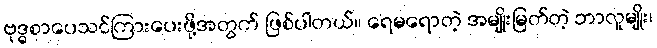
ဗုဒ္ဓစာပေသင်ကြားပေးဖို့အတွက် ဖြစ်ပါတယ်။ ရေမရောတဲ့ အမျိုးမြတ်တဲ့ ဘာလူမျိုး၊